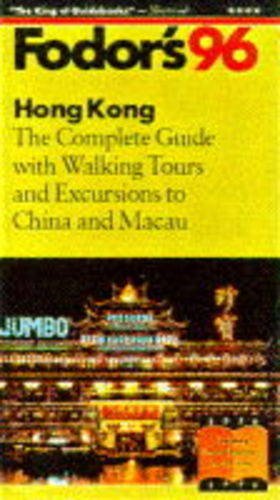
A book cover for Hong Kong '96: The Complete Guide with Walking Tours and Excursions to China and Macau (Fodor's Gold Guides); Fodor's; Travel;